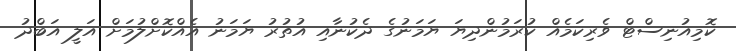
ކޮމިއުނިސްޓް ވެރިކަމެއް ކުރަމުންދިޔަ ޔަމަނުގެ ދެކުނާއި އުތުރު ޔަމަނު އެއްކޮށްލުމަށް އަލީ އަބްދު